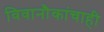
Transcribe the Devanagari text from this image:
विवानौकांचाही